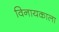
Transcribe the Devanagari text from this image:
विनायकाला